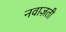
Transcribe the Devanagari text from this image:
नवाज़ती